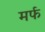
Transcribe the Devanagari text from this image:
मर्फ